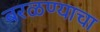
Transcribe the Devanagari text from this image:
बरळण्याचा